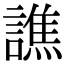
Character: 譙